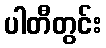
ပါတီတွင်း